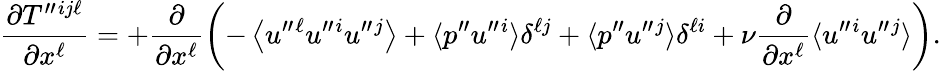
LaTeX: \frac{\partial T^{\prime\prime}{}^{ij\ell}}{\partial x^{\ell}}=+\frac{\partial}{\partial x^{\ell}}\left({-\left\langle{u^{\prime\prime}{}^{\ell}u^{\prime\prime}{}^{i}u^{\prime\prime}{}^{j}}\right\rangle+\langle{p^{\prime\prime}u^{\prime\prime}{}^{i}}\rangle\delta^{\ell j}+\langle{p^{\prime\prime}u^{\prime\prime}{}^{j}}\rangle\delta^{\ell i}+\nu\frac{\partial}{\partial x^{\ell}}\langle{u^{\prime\prime}{}^{i}u^{\prime\prime}{}^{j}}\rangle}\right).